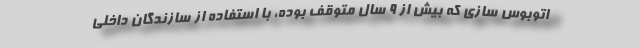
اتوبوس سازی که بیش از ۹ سال متوقف بوده، با استفاده از سازندگان داخلی